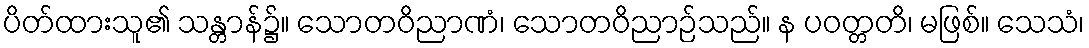
ပိတ်ထားသူ၏ သန္တာန်၌။ သောတဝိညာဏံ၊ သောတဝိညာဉ်သည်။ န ပဝတ္တတိ၊ မဖြစ်။ သေသံ၊